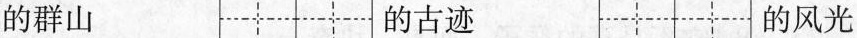
的群山 的古迹 的风光